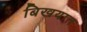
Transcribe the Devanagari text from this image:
बिखयात